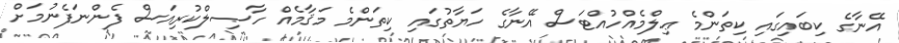
އޭނާގެ ކިބައިގައި ކިތަންމެ ޢިލްމެއްހުއްޓަސް އޭނާގެ ހަޔާތުގައި ކިތަންމެ މަޤާމެއް ހާޞިލްކުރިއަސް ފެންނަފެނުމަށް